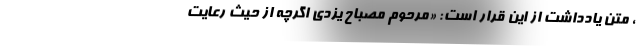
، متن یادداشت از این قرار است: «مرحوم مصباح یزدی اگرچه از حیث رعایت